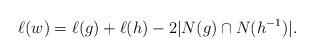
LaTeX: \begin{align*} \ell(w) = \ell(g) + \ell(h) - 2|N(g)\cap N(h^{-1})|.\end{align*}